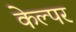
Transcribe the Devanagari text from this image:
केल्पर